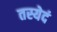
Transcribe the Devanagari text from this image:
तस्येदं